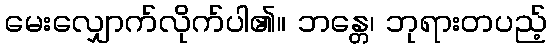
မေးလျှောက်လိုက်ပါ၏။ ဘန္တေ၊ ဘုရားတပည့်